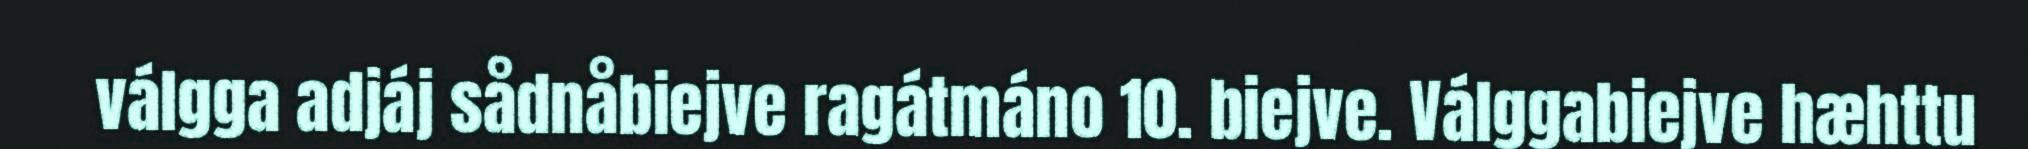
válgga adjáj sådnåbiejve ragátmáno 10. biejve. Válggabiejve hæhttu